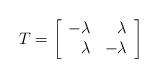
LaTeX: \begin{align*}T = \left[ \begin{array}{rr}-\lambda & \lambda \\ \lambda & - \lambda\end{array}\right]\end{align*}